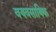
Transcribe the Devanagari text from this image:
वयवसायिक